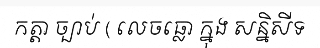
កត្តា ច្បាប់ ( លេចធ្លោ ក្នុង សន្និសីទ